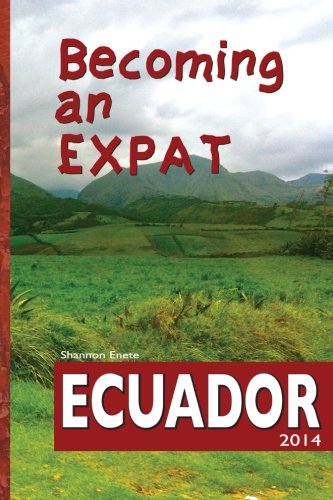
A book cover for Becoming an Expat: Ecuador: moving abroad to your richer life in Ecuador; Shannon Enete; Travel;